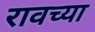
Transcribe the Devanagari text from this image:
रावच्या